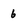
Character: 6